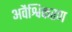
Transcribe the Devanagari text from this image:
अवैश्विकरण